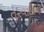
તરવાડીયા